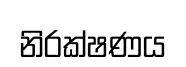
නිරක්ෂණය